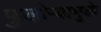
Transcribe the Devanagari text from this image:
फुलोऱ्यामुळे